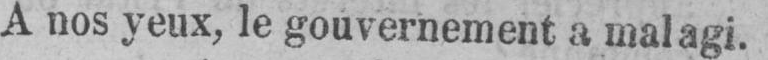
A nos yeux, le gouvernement a mal agi.